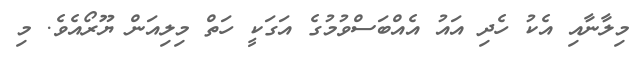
މިލާނާއި އެކު ހެދި އައު އެއްބަސްވުމުގެ އަގަކީ ހަތް މިލިއަން ޔޫރޯއެވެ. މި